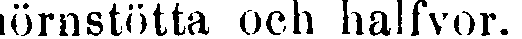
hörnstötta och halfvor.